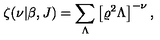
\zeta ( \nu | \beta , J ) = \sum _ { \Lambda } \left[ \varrho ^ { 2 } \Lambda \right] ^ { - \nu } ,